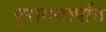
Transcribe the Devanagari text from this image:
पुरावनस्पत्ति